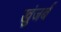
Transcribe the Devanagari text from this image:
खुंजर्ब